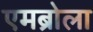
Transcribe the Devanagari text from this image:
एमब्रोला